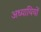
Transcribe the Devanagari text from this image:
अध्यायियों